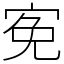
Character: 𡨚